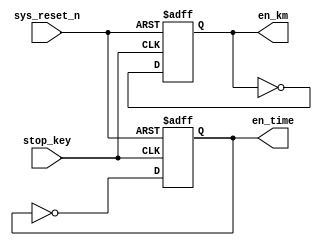
module stop_car(
	input  stop_key,
	input  sys_reset_n,
	
	output reg  en_time,
	output reg 	en_km
);

initial
	begin
		en_time<=1'b0;
		en_km<=1'b1;
	end

always @(posedge stop_key or negedge sys_reset_n)
	begin
		if(!sys_reset_n)
			begin
				en_time<=1'b0;
				en_km<=1'b1;
			end
		else
			begin
				en_time<=~en_time;
				en_km<=~en_km;
			end
	end
endmodule